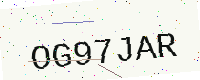
Text: OG97JAR